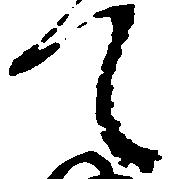
て